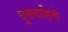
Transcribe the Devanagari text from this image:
वृ्त्तवाहिनी